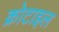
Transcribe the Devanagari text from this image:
क्रोटाइल